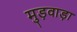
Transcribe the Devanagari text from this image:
मुड़वाड़ा